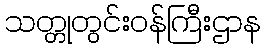
သတ္တုတွင်းဝန်ကြီးဌာန